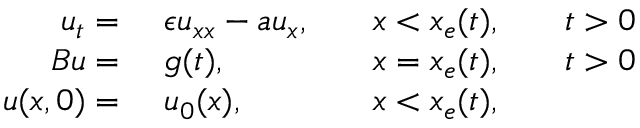
\begin{array} { r l r l r l } { u _ { t } = \ } & { { } \epsilon u _ { x x } - a u _ { x } , } & { } & { { } x < x _ { e } ( t ) , } & { } & { { } t > 0 } \\ { B u = \ } & { { } g ( t ) , } & { } & { { } x = x _ { e } ( t ) , } & { } & { { } t > 0 } \\ { u ( x , 0 ) = \ } & { { } u _ { 0 } ( x ) , } & { } & { { } x < x _ { e } ( t ) , } \end{array}